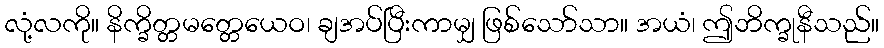
လုံ့လကို။ နိက္ခိတ္တမတ္တေယေဝ၊ ချအပ်ပြီးကာမျှ ဖြစ်သော်သာ။ အယံ၊ ဤဘိက္ခုနီသည်။